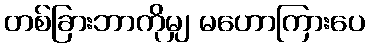
တစ်ခြားဘာကိုမျှ မဟောကြားပေ